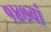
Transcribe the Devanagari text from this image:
१४७वां